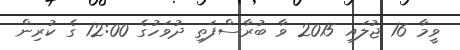
ވީމާ 16 ޖުލައި 2015 ވާ ބުރާސްފަތި ދުވަހުގެ 12:00 ގެ ކުރިން